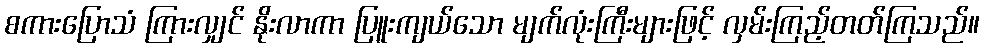
စကားပြောသံ ကြားလျှင် နိုးလာကာ ပြူးကျယ်သော မျက်လုံးကြီးများဖြင့် လှမ်းကြည့်တတ်ကြသည်။